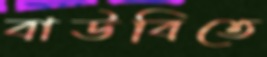
বাউবিতে